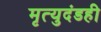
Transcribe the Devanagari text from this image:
मृत्युदंडही